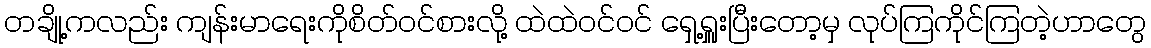
တချို့ကလည်း ကျန်းမာရေးကိုစိတ်ဝင်စားလို့ ထဲထဲဝင်ဝင် ရှေ့ရှူးပြီးတော့မှ လုပ်ကြကိုင်ကြတဲ့ဟာတွေ